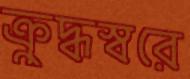
ক্রুদ্ধস্বরে